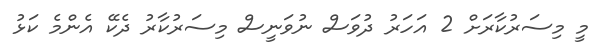
މީ މިސަރުކާރަށް 2 އަހަރު ދުވަސް ނުވަނީސް މިސަރުކާރު ދެކޭ އެންމެ ކަޅު